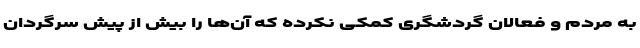
به مردم و فعالان گردشگری کمکی نکرده که آن‌ها را بیش از پیش سرگردان